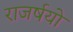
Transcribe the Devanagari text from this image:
राजर्षयो